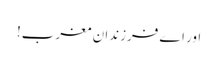
اور اے فرزندانِ مغرب!